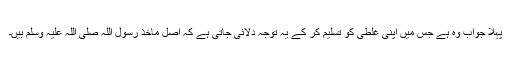
پہلا جواب وہ ہے جس میں اپنی غلطی کو تسلیم کر کے یہ توجہ دلائی جاتی ہے کہ اصل ماخذ رسول اللہ صلی اللہ علیہ وسلم ہیں۔